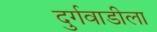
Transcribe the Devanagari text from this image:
दुर्गवाडीला